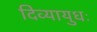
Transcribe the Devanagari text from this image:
दिव्यायुधः